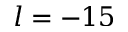
l = - 1 5